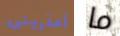
أعذرينى ما